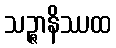
သဉ္ဇာနိဿထ